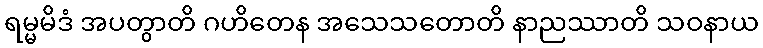
ရမ္မမိဒံ အပတွာတိ ဂဟိတေန အသေသတောတိ နာညဿာတိ သဝနာယ